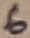
Text: 6